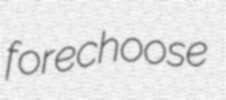
forechoose